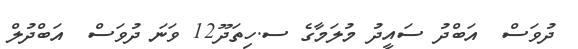
ދުވަސް  އަބްދު ސައީދު މުލަމާގެ ސ.ހިތަދޫ12 ވަނަ ދުވަސް  އަބްދުލް